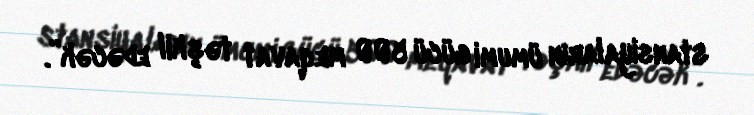
stansiyaların ümumi gücü 500 meqavat təşkil edəcək”.